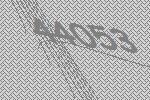
44053